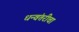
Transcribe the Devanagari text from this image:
धन्वंतरीचा